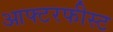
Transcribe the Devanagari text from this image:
आफ्टरफीस्ट